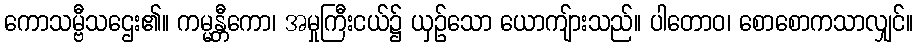
ကောသမ္ဗီသဌေး၏။ ကမ္မန္တီကော၊ အမှုကြီးငယ်၌ ယှဉ်သော ယောကျ်ားသည်။ ပါတောဝ၊ စောစောကသာလျှင်။